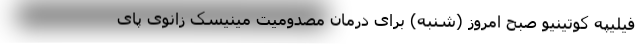
فیلیپه کوتینیو صبح امروز (شنبه) برای درمان مصدومیت مینیسک زانوی پای